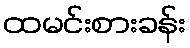
ထမင်းစားခန်း